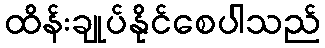
ထိန်းချုပ်နိုင်စေပါသည်